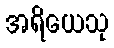
အရိယေသု